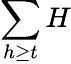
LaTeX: \sum\limits_{h\geq t}H